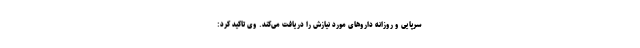
سرپایی و روزانه داروهای مورد نیازش را دریافت می‌کند. وی تاکید کرد: